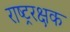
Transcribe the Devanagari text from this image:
राष्ट्ररक्षक